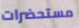
مستحضرات